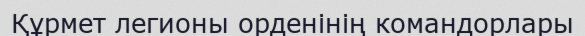
Құрмет легионы орденінің командорлары